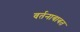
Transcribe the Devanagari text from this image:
वर्तनाबाबत